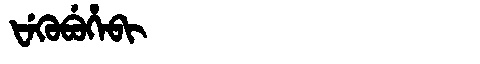
Manchu: ᡶᡝᡴᡠᠪᡠᡥᡝᠪᡳ
Romanization: FEKUBUHEBI